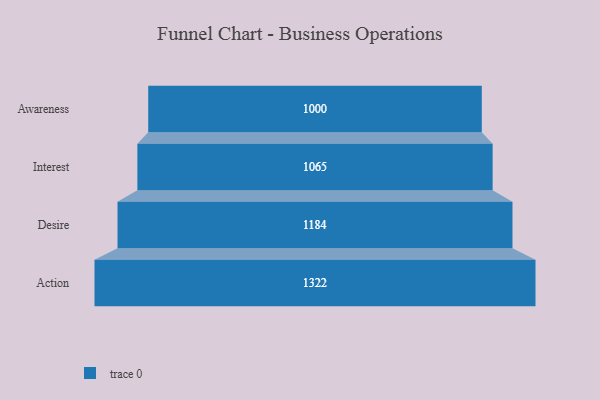
{"axis": {"x": "Stage", "y": "Value"}, "legend": [""], "data": [{"x": "Awareness", "y": 1000.0, "type": ""}, {"x": "Interest", "y": 1065.0, "type": ""}, {"x": "Desire", "y": 1184.0, "type": ""}, {"x": "Action", "y": 1322.0, "type": ""}]}